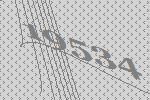
19534